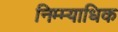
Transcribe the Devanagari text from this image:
निम्म्याधिक